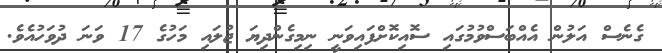
ގެނެސް އަލުން އެއްބަސްވުމުގައި ސޮއިކޮށްފައިވަނީ ނިމިގެންދިޔަ ޖުލައި މަހުގެ 17 ވަނަ ދުވަހުއެވެ.